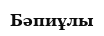
Бәпиұлы